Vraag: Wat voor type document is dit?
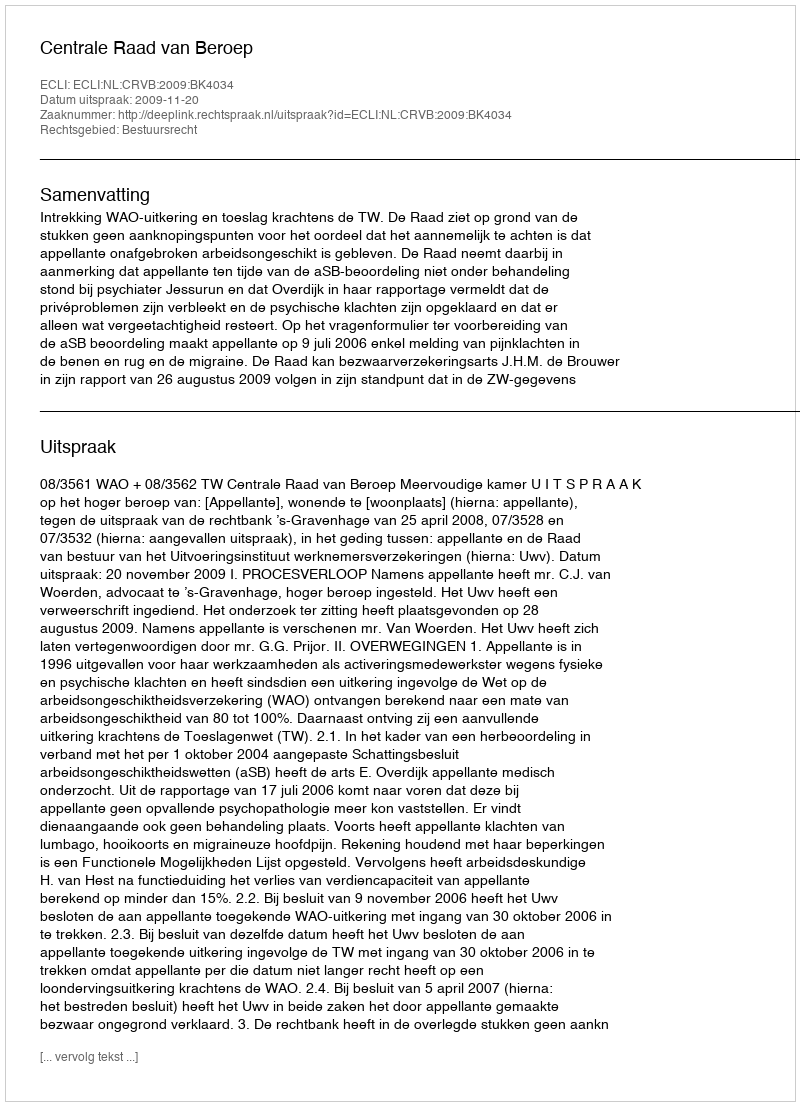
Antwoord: Uitspraak